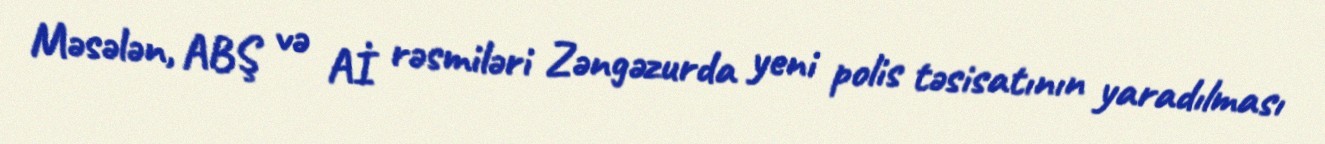
Məsələn, ABŞ və Aİ rəsmiləri Zəngəzurda yeni polis təsisatının yaradılması